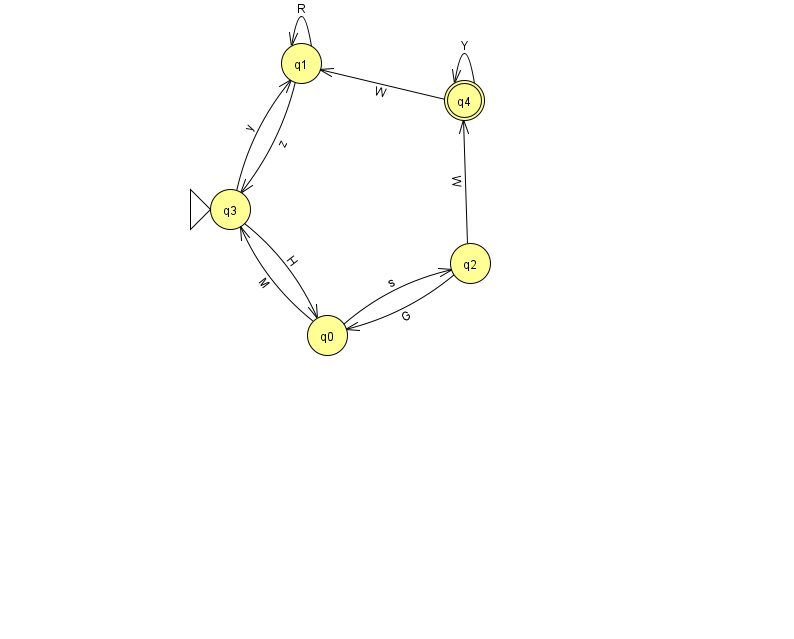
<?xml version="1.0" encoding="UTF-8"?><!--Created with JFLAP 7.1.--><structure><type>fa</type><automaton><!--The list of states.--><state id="0" name="q0"><x>327.0</x><y>322.0</y></state><state id="1" name="q1"><x>301.0</x><y>50.0</y></state><state id="2" name="q2"><x>470.0</x><y>250.0</y></state><state id="3" name="q3"><x>230.0</x><y>196.0</y><initial/></state><state id="4" name="q4"><x>464.0</x><y>87.0</y><final/></state><!--The list of transitions.--><transition><from>3</from><to>1</to><read>y</read></transition><transition><from>1</from><to>1</to><read>R</read></transition><transition><from>2</from><to>0</to><read>G</read></transition><transition><from>1</from><to>3</to><read>z</read></transition><transition><from>0</from><to>2</to><read>s</read></transition><transition><from>2</from><to>4</to><read>W</read></transition><transition><from>4</from><to>4</to><read>Y</read></transition><transition><from>0</from><to>3</to><read>M</read></transition><transition><from>4</from><to>1</to><read>W</read></transition><transition><from>3</from><to>0</to><read>H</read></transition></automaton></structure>